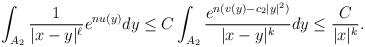
LaTeX: \begin{align*}\int_{A_2}\frac{1}{|x-y|^\ell}e^{nu(y)}dy\leq C\int_{A_2}\frac{e^{n(v(y)-c_2|y|^2)}}{|x-y|^k}dy\leq \frac{C}{|x|^k}.\end{align*}